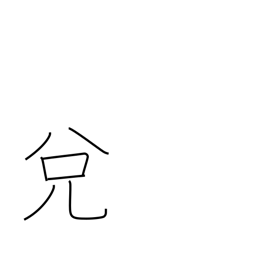
Meaning: exchange